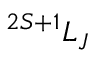
^ { 2 S + 1 } L _ { J }